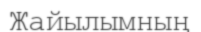
Жайылымның